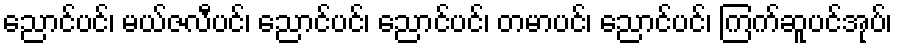
ညောင်ပင်၊ မယ်ဇလီပင်၊ ညောင်ပင်၊ ညောင်ပင်၊ တမာပင်၊ ညောင်ပင်၊ ကြက်ဆူပင်အုပ်၊